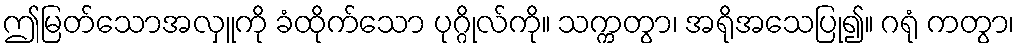
ဤမြတ်သောအလှူကို ခံထိုက်သော ပုဂ္ဂိုလ်ကို။ သက္ကတွာ၊ အရိုအသေပြု၍။ ဂရုံ ကတွာ၊